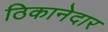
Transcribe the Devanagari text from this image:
ठिकानेदार